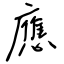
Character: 應